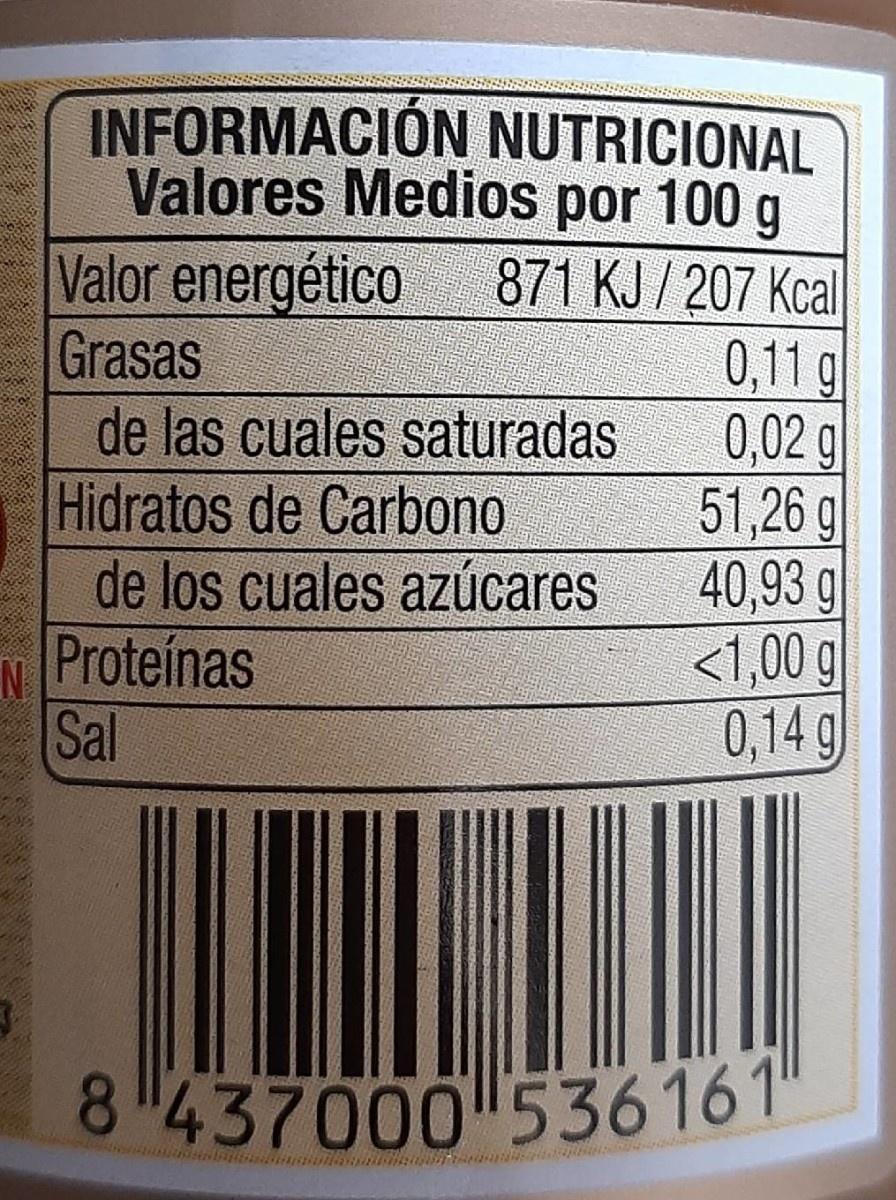
N
INFORMACIÓN NUTRICIONAL Valores Medios por 100 g Valor energético 871 KJ / 207 Kcal Grasas
de las cuales saturadas
Hidratos de Carbono
de los cuales azúcares
Proteínas
Sal
0,11 g
0,02 g
51,26 g
40,93 g
<1,00 g
0,14 g
8 437000 536161"